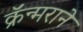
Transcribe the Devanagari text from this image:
क्रॅन्मराने